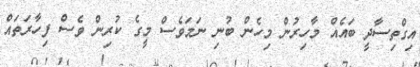
އިގްތިސާދީ ބައެއް މާހިރުން މިހެން ބުނި ނަމަވެސް މީގެ ކުރިން ވެސް ފިހާރަތައް